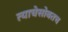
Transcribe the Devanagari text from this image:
त्याचेसोबतच